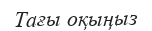
Тағы оқыңыз